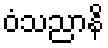
ဝံသညာနိ